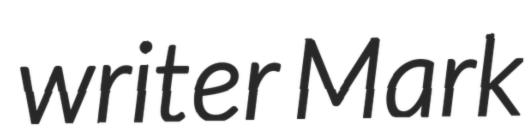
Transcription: writer Mark